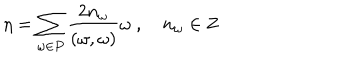
LaTeX: \eta = \sum _ { \omega \in P } \frac { 2 n _ { \omega } } { ( \omega , \omega ) } \omega \ , n _ { \omega } \in { \bf Z }